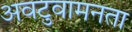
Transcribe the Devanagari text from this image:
अवटुवामनता